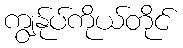
ကျွန်ုပ်ကိုယ်တိုင်